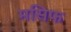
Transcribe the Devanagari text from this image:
मसिफ